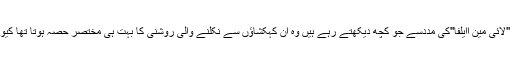
اس مشاہدے کے بعد ماہرین اس نتیجے پر پہنچے ہیں کہ آج تک ماہرین فلکیات اپنے سرویز کے دوران ''لائی مین اایلفا''کی مددسے جو کچھ دیکھتے رہے ہیں وہ ان کہکشاؤں سے نکلنے والی روشنی کا بہت ہی مختصر حصہ ہوتا تھا کیونکہ بہت سے فوٹان کہکشاں کے اندر گیس اور غبار کے بادلوں سے تعامل کے دوران تباہ ہوجاتے ہیں ۔